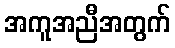
အကူအညီအတွက်